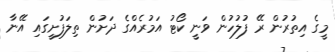
މީގެ އިތުރުން ރޭ ފުލުހުން ވަނީ ކޯޓު އަމުރެއްގެ ދަށުން ތިލަފުށީގައި އޭނާ